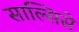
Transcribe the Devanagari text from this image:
साल्सिसे